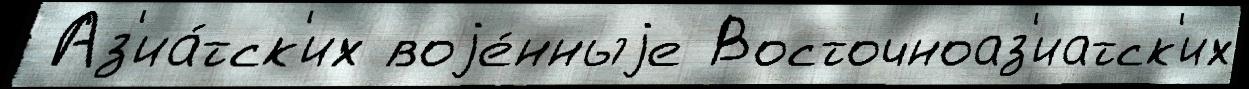
 Аз'иа́тск'их воjе́нныjе Восточноаз'иатск'их